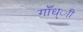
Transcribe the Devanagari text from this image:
गाँध्ाी